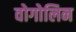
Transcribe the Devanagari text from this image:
वोगोलिन